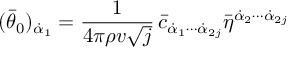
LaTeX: ( \bar { \theta } _ { 0 } ) _ { \dot { \alpha } _ { 1 } } = \frac { 1 } { 4 \pi \rho v \sqrt { j } } \, \bar { c } _ { \dot { \alpha } _ { 1 } \cdots \dot { \alpha } _ { 2 j } } \bar { \eta } ^ { \dot { \alpha } _ { 2 } \cdots \dot { \alpha } _ { 2 j } }